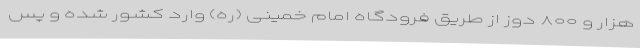
هزار و ۸۰۰ دوز از طریق فرودگاه امام خمینی (ره) وارد کشور شده و پس